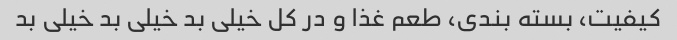
کیفیت، بسته بندی، طعم غذا و در کل خیلی بد خیلی بد خیلی بد